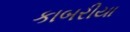
કાબરીયા